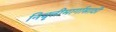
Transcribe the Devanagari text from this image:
निवृत्तीमार्गासाठी